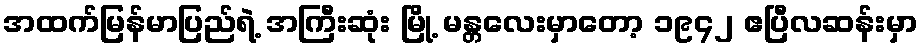
အထက်မြန်မာပြည်ရဲ့ အကြီးဆုံး မြို့ မန္တလေးမှာတော့ ၁၉၄၂ ဧပြီလဆန်းမှာ